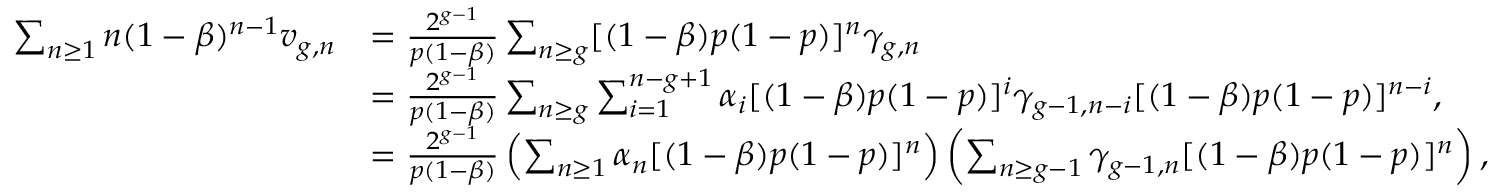
\begin{array} { r l } { \sum _ { n \geq 1 } n ( 1 - \beta ) ^ { n - 1 } v _ { g , n } } & { = \frac { 2 ^ { g - 1 } } { p ( 1 - \beta ) } \sum _ { n \geq g } [ ( 1 - \beta ) p ( 1 - p ) ] ^ { n } \gamma _ { g , n } } \\ & { = \frac { 2 ^ { g - 1 } } { p ( 1 - \beta ) } \sum _ { n \geq g } \sum _ { i = 1 } ^ { n - g + 1 } \alpha _ { i } [ ( 1 - \beta ) p ( 1 - p ) ] ^ { i } \gamma _ { g - 1 , n - i } [ ( 1 - \beta ) p ( 1 - p ) ] ^ { n - i } , } \\ & { = \frac { 2 ^ { g - 1 } } { p ( 1 - \beta ) } \left( \sum _ { n \geq 1 } \alpha _ { n } [ ( 1 - \beta ) p ( 1 - p ) ] ^ { n } \right) \left( \sum _ { n \geq g - 1 } \gamma _ { g - 1 , n } [ ( 1 - \beta ) p ( 1 - p ) ] ^ { n } \right) , } \end{array}